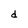
Character: d